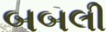
બબલી